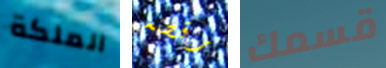
الملكة رقصه قسمك